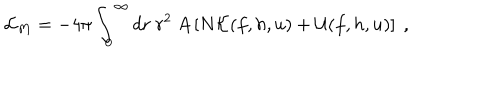
LaTeX: { \cal L } _ { M } = - 4 \pi \int _ { 0 } ^ { \infty } d r \ r ^ { 2 } \ A \left[ N { \cal { K } } ( f , h , u ) + { \cal { U } } ( f , h , u ) \right] \ ,